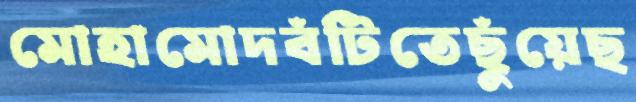
মোহামোদবঁটিতেছুঁয়েছ